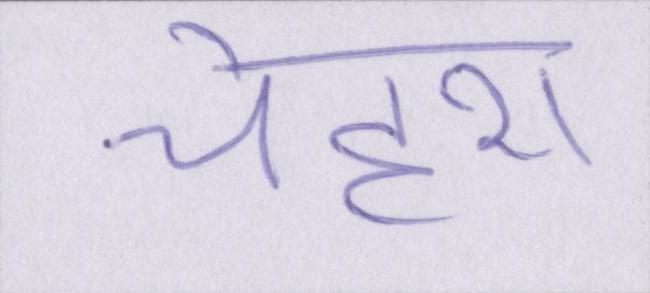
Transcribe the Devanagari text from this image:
चेहरा